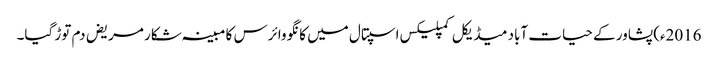
2016ء)پشاور کے حیات آباد میڈیکل کمپلیکس اسپتال میں کانگو وائرس کا مبینہ شکار مریض دم توڑ گیا۔